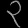
Digit: ၃